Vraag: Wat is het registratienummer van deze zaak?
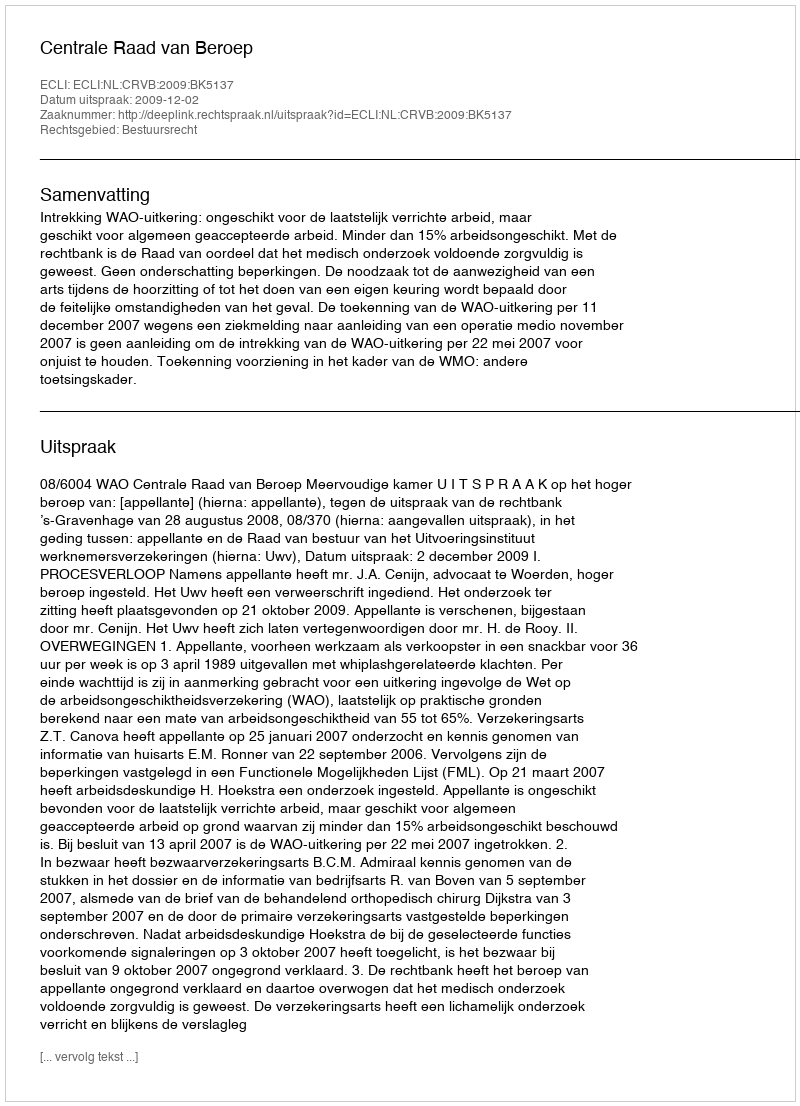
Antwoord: http://deeplink.rechtspraak.nl/uitspraak?id=ECLI:NL:CRVB:2009:BK5137